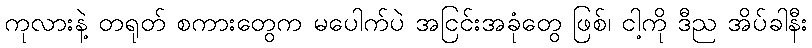
ကုလားနဲ့ တရုတ် စကားတွေက မပေါက်ပဲ အငြင်းအခုံတွေ ဖြစ်၊ ငါ့ကို ဒီည အိပ်ခါနီး